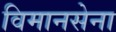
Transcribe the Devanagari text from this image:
विमानसेना